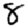
Digit: 8